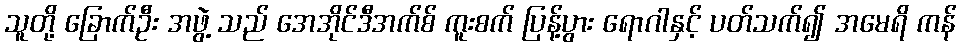
သူတို့ ခြောက်ဦး အဖွဲ့ သည် အေအိုင်ဒီအက်စ် ကူးစက် ပြန့်ပွား ရောဂါနှင့် ပတ်သက်၍ အမေရိ ကန်